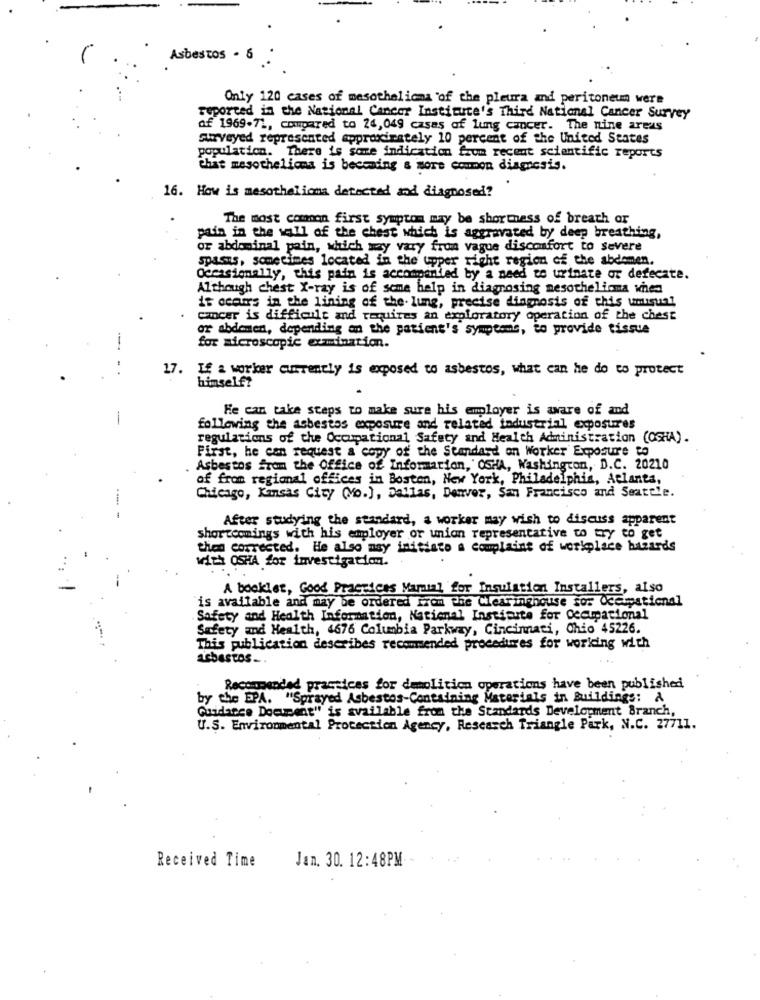
Asbestos - 6
Only 120 cases of mesothelioma "of the pleura and peritoneum were
reported in the National Cancer Institute's Third National Cancer Survey
of 1969-71, compared to 24,049 casas of lung cancer. The nine areas
Surveyed represented approximately 10 percent of the United States
population. There is some indication from recent scientific reports
that mesothelioma is becoming & more common diagnosis.
16. How is mesothelioma defected and diagnosed?
The most common first symptom may be shortness of breach or
pain in the wall of the chest which is aggravated by deep breathing,
or abdominal pain, which may vary from vague discomfort to severe
spasts, sometimes located in the upper right region of the abdomen.
Occasionally, this pain is accompanied by a need to urinate or defecate.
Although chest X-ray is of some help in diagnosing mesothelioma when
is occurs in the lining of the lung, precise diagnosis of this umisunl
cancer is difficult and requires an exploratory operation of the chest
or abdomen, depending on the patient's symptoms, to provide tissue
for microscopic examination.
17.
If a worker currently is exposed to asbestos, what can he do to protect
himself?
He can take steps to make sure his employer is aware of and
following the asbestos exposure and related todustrial exposures
regulations of the Occupational Safety and Health Administration (OSHA) .
First, he can request a copy of the Standard on Worker Exposure to
Asbestos from the Office of Information, OSHA, Washington, D.C. 20210
of from regional offices in Boston, New York, Philadelphia, Aclants,
Chicago, Kansas City (Mo.), Dallas, Denver, San Francisco and Seattle.
After studying the standard, a worker may wish to discuss apparent
shortcomings with his employer or union representative to try to get
then corrected. He also may initiato a complaint of workplace hazards
with OSHA for investigation.
A booklet, Good Practices Manual for Insulation Installers, also
is available and may be ordered from the Clearinghouse sor Occupational
Safety and Health Information, National Institute for Occupational
Safety and Health, 4676 Columbia Parkway, Cincinnati, Ohio 45226.
This publication describes recommended procedures for working with
asbestos_
Recommended practices for demolition operations have been published
by the EPA. "Sprayed Asbestos-Containing Materials in Buildings: &
Guidance Document" is available from the Standards Development Branch,
U.S. Environmental Protection Agency, Research Triangle Park, N.C. 27711.
Received Time
Jan. 30. 12:48PM